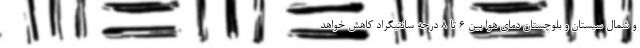
و شمال سیستان و بلوچستان دمای هوا بین ۶ تا ۸ درجه سانتیگراد کاهش خواهد